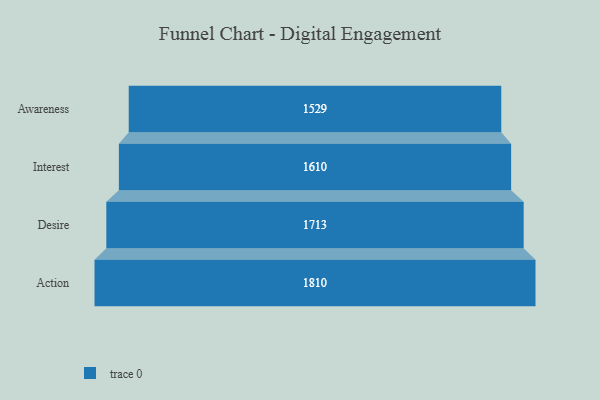
{"axis": {"x": "Stage", "y": "Value"}, "legend": [""], "data": [{"x": "Awareness", "y": 1529.0, "type": ""}, {"x": "Interest", "y": 1610.0, "type": ""}, {"x": "Desire", "y": 1713.0, "type": ""}, {"x": "Action", "y": 1810.0, "type": ""}]}